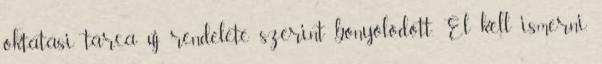
oktatási tárca új rendelete szerint bonyolódott. El kell ismerni,